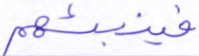
فينبئهم